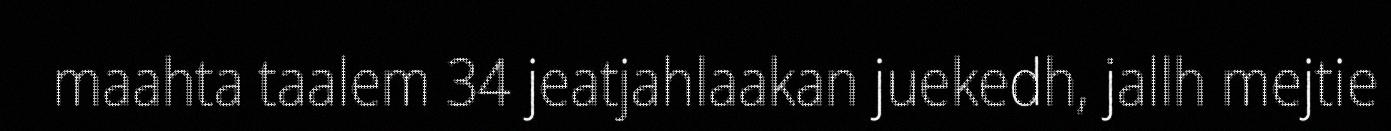
maahta taalem 34 jeatjahlaakan juekedh, jallh mejtie